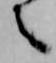
之